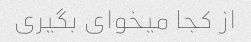
از کجا میخوای بگیری